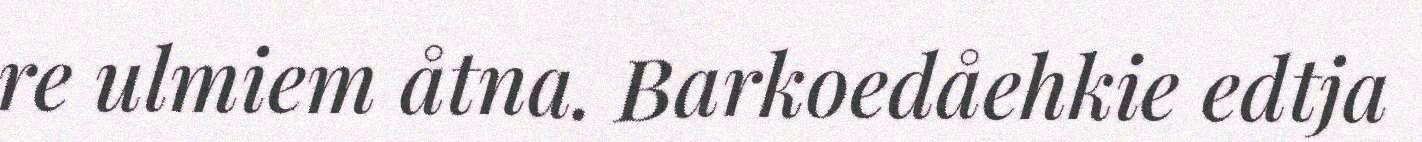
re ulmiem åtna. Barkoedåehkie edtja